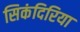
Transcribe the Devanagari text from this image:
सिकंदिरिया